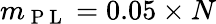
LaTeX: m_{\mathrm{~P~L~}}=0.05\times N